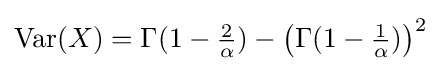
{\text{Var}}(X)=\Gamma (1-{\tfrac {2}{\alpha }})-{\big (}\Gamma (1-{\tfrac {1}{\alpha }}){\big )}^{2}